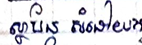
ស្ថាប័ន សំដៅយក